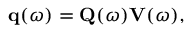
\mathbf { q } ( \omega ) = \mathbf { Q } ( \omega ) \mathbf { V } ( \omega ) ,